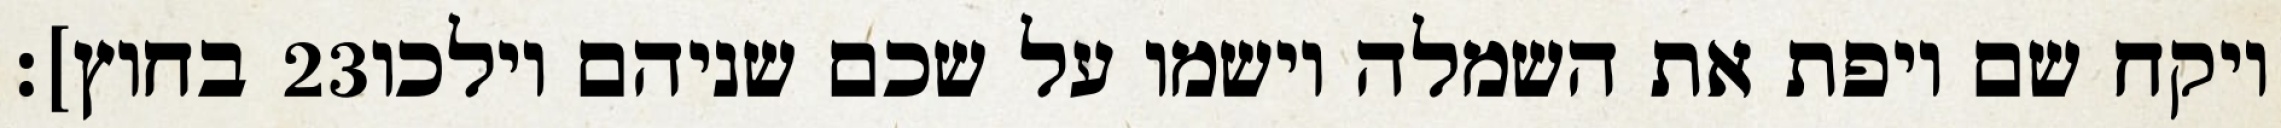
בחוץ]׃ ‎23‏ ויקח שם ויפת את השמלה וישמו על שכם שניהם וילכו